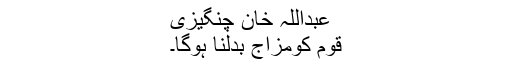
عبداللہ خان چنگیزی
قوم کومزاج بدلنا ہوگا۔